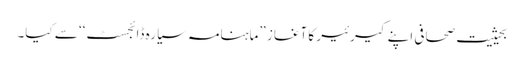
بحیثیت صحافی اپنے کیرئیر کا آغاز ”ماہنامہ سیارہ ڈائجسٹ‘‘ سے کیا۔